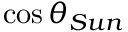
\cos \theta _ { S u n }